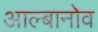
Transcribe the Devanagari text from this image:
आल्बानोव